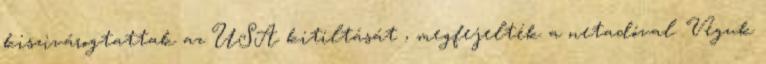
kiszivárogtattak az USA kitiltását , megfejelték a netadóval. Véguk